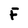
Character: F